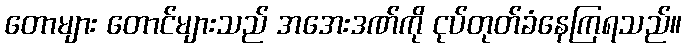
တောများ တောင်များသည် အအေးဒဏ်ကို ငုပ်တုတ်ခံနေကြရသည်။